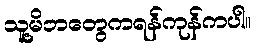
သူ့မိဘတွေကရန်ကုန်ကပါ။